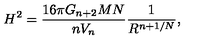
H ^ { 2 } = \frac { 1 6 \pi G _ { n + 2 } M N } { n V _ { n } } \frac { 1 } { R ^ { n + 1 / N } } ,